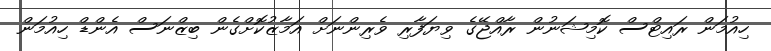
ހިއުމަން ރައިޓްސް ކޮމިޝަނުން ރާއްޖޭގެ ވިޔަފާރި ވެރިންނަށް އަމާޒުކޮށްގެން ބިޒްނަސް އެންޑް ހިއުމަން